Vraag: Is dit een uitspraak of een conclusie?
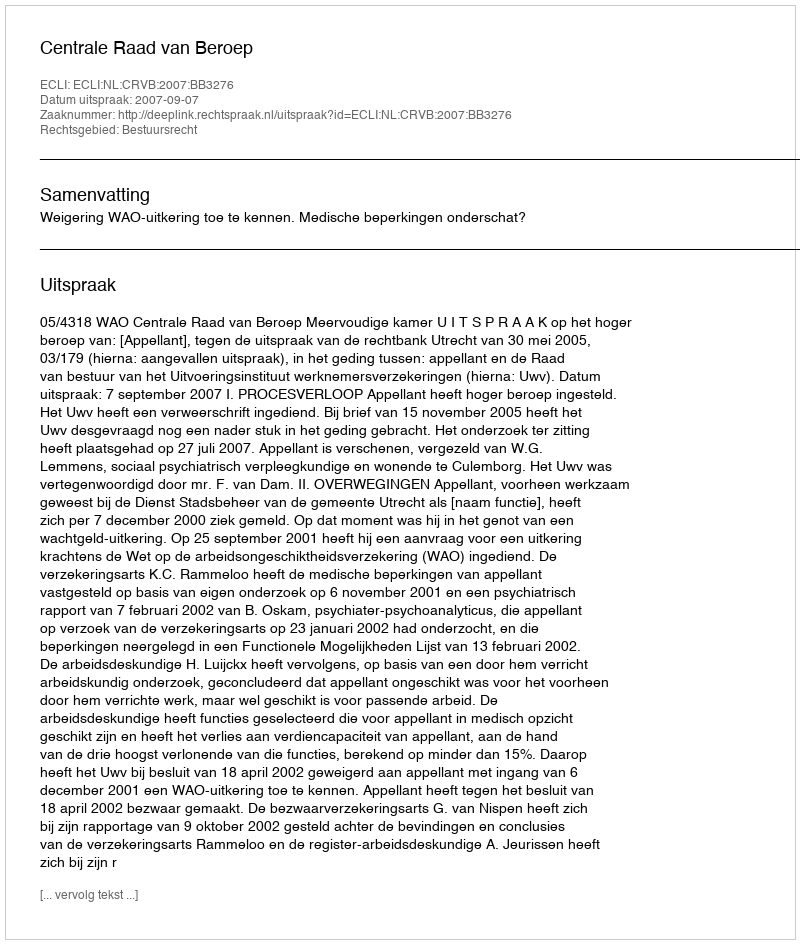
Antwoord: Uitspraak